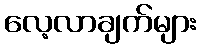
လေ့လာချက်များ